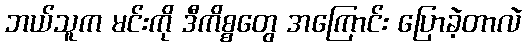
ဘယ်သူက မင်းကို ဒီကိစ္စတွေ အကြောင်း ပြောခဲ့တာလဲ